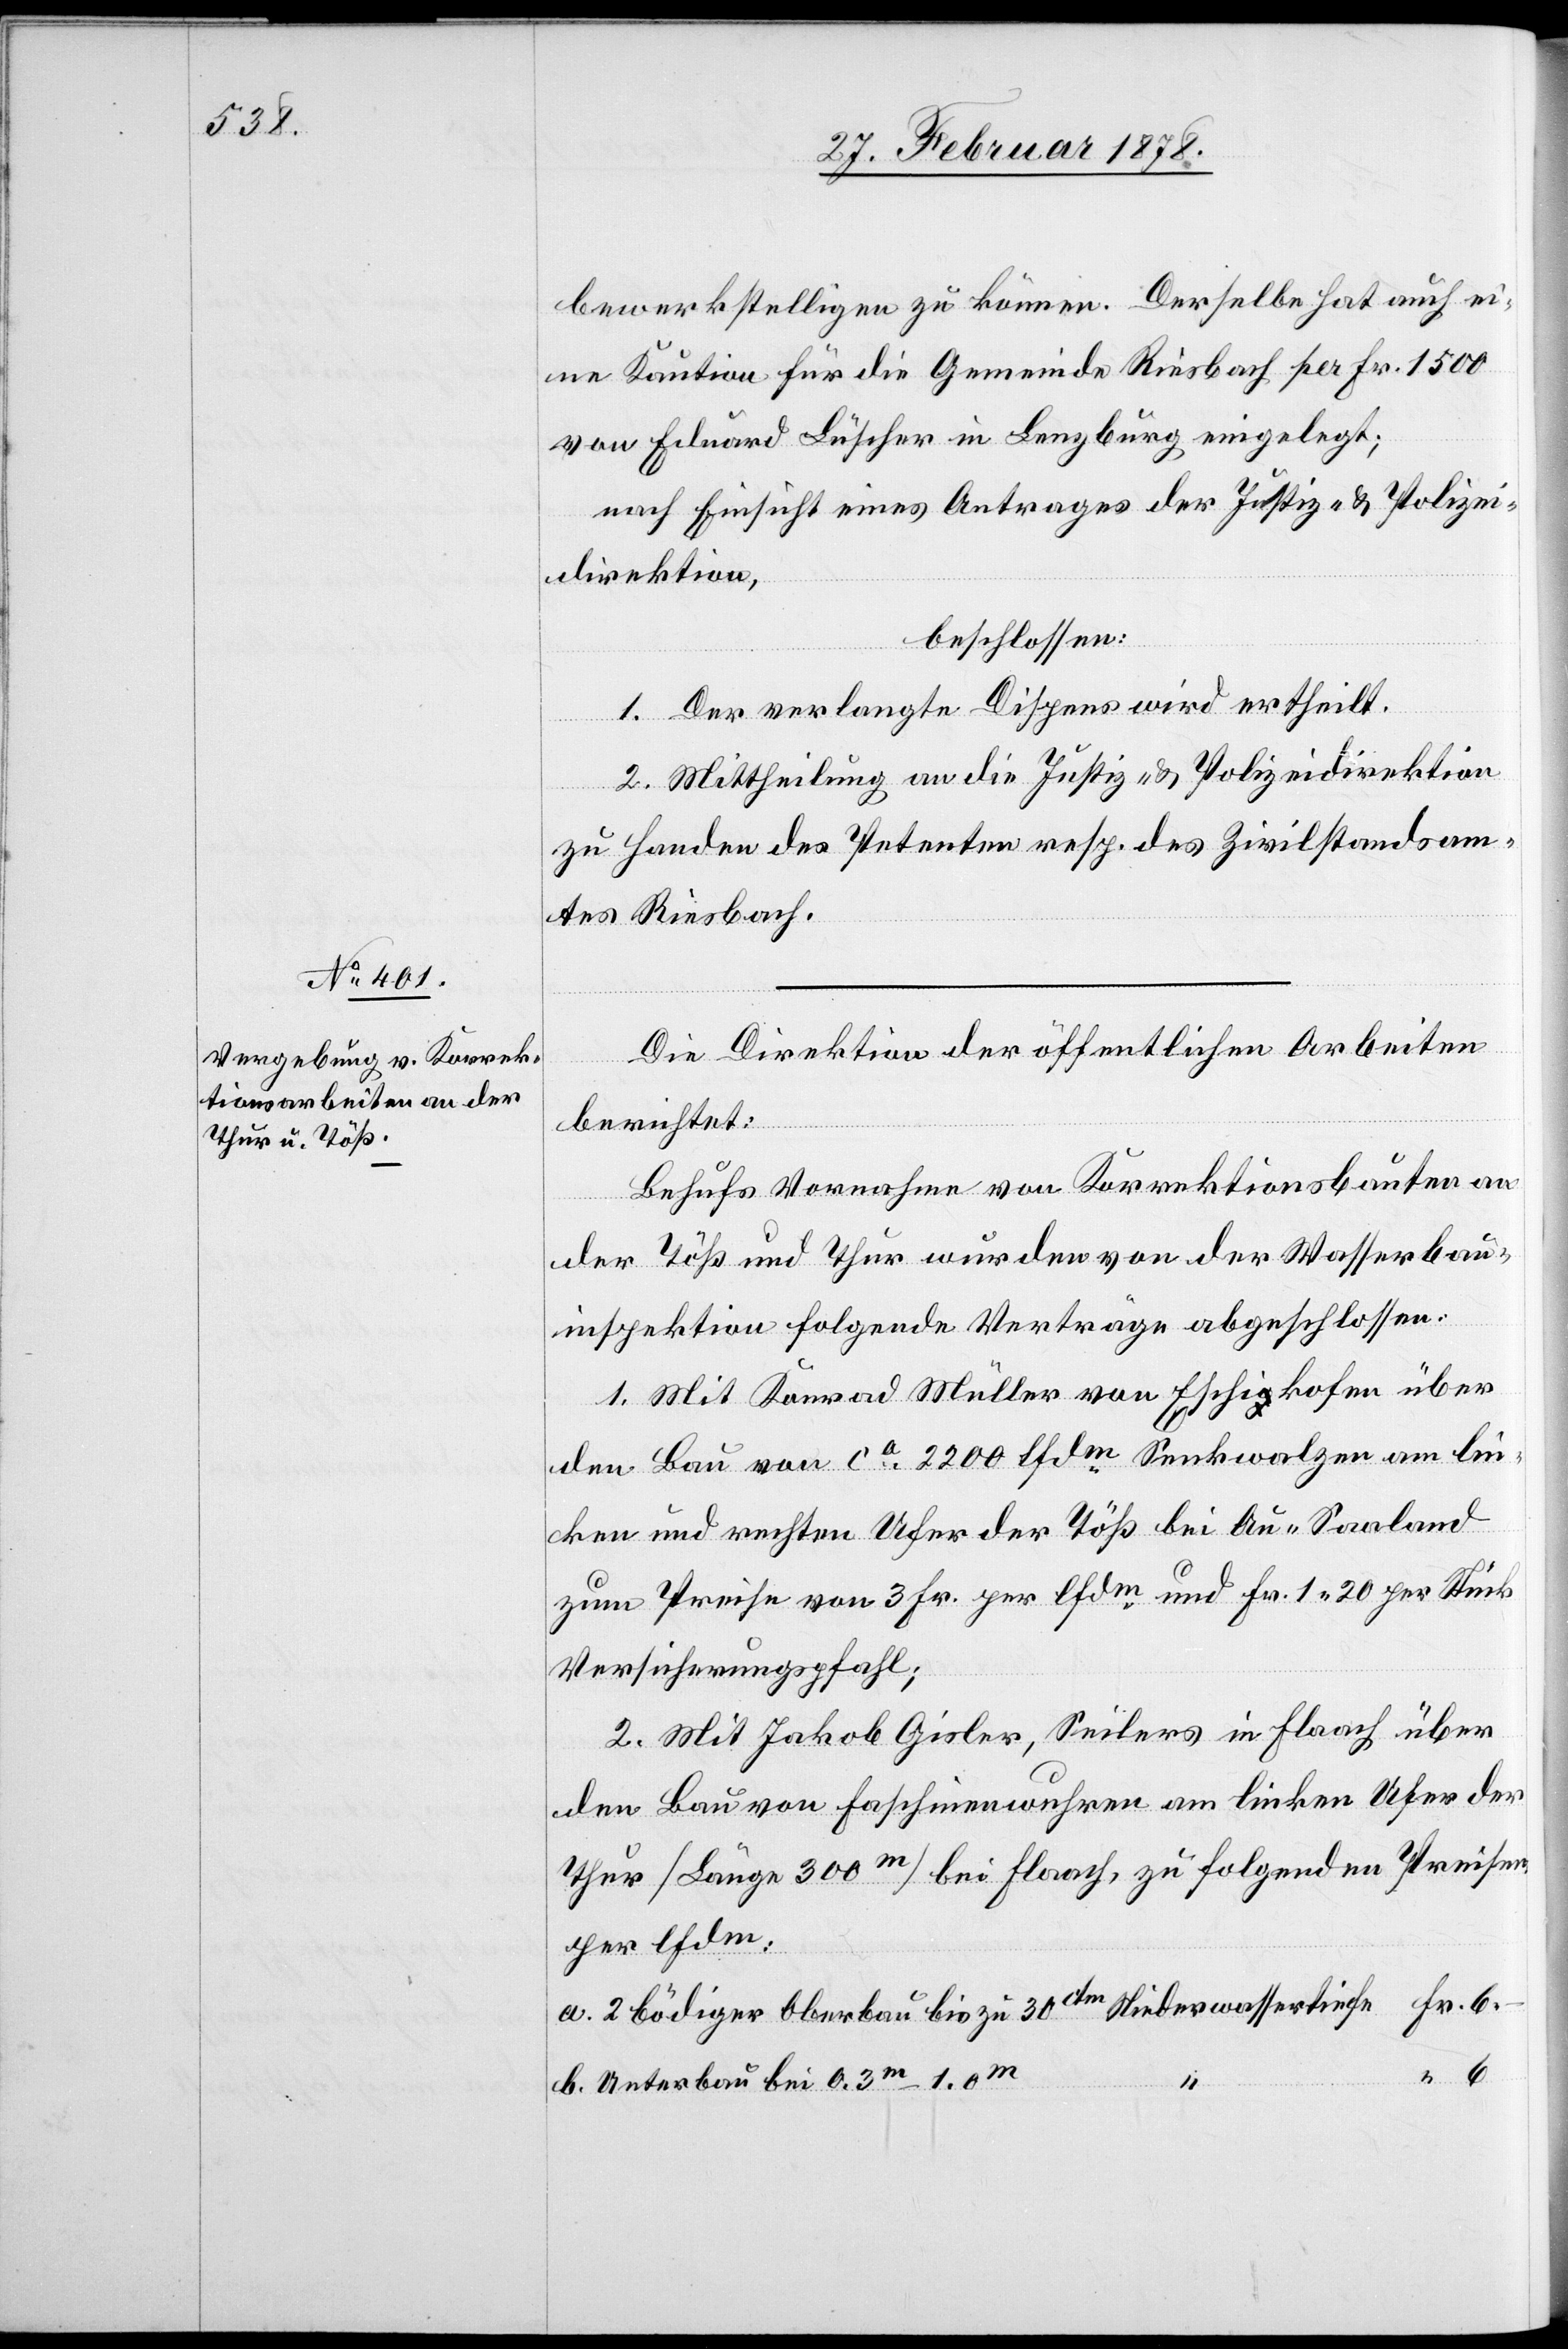
28. Februar 1878.]
bewerkstelligen zu können. Derselbe hat auch ei¬
ne Kaution für die Gemeinde Riesbach per Fr. 1500
von Eduard Lüscher in Lenzburg eingelegt;
nach Einsicht eines Antrages der Justiz- & Polizei¬
direktion,
beschlossen:
1. Der verlangte Dispens wird ertheilt.
2. Mittheilung an die Justiz- & Polizeidirektion
zu Handen des Petenten resp. des Zivilstandsam¬
tes Riesbach.
Die Direktion der öffentlichen Arbeiten
berichtet:
Behufs Vornahme von Korrektionsbauten an
der Töß und Thur wurden von der Wasserbau¬
inspektion folgende Verträge abgeschlossen:
1. Mit Konrad Müller von Eschikofen über
den Bau von ca 2200 lfdm Senkwalzen am lin¬
ken und rechten Ufer der Töß bei Au - Saaland
zum Preise von 3 Fr. per lfdm und Fr. 1. 20 per Stück
Versicherungspfahl;
2. Mit Jakob Gisler, Seilers in Flaach über
den Bau von Faschinenwuhren am linken Ufer der
Thur (Länge 300m) bei Flaach, zu folgenden Preisen
per lfdm:
Fr. 6.–
a. 2 bödiger Oberbau bis zu 30ctm Niederwassertiefe
b. Unterbau bei 0.3m – 1.0m